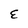
Character: E